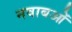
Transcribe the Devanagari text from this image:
नवाबओं